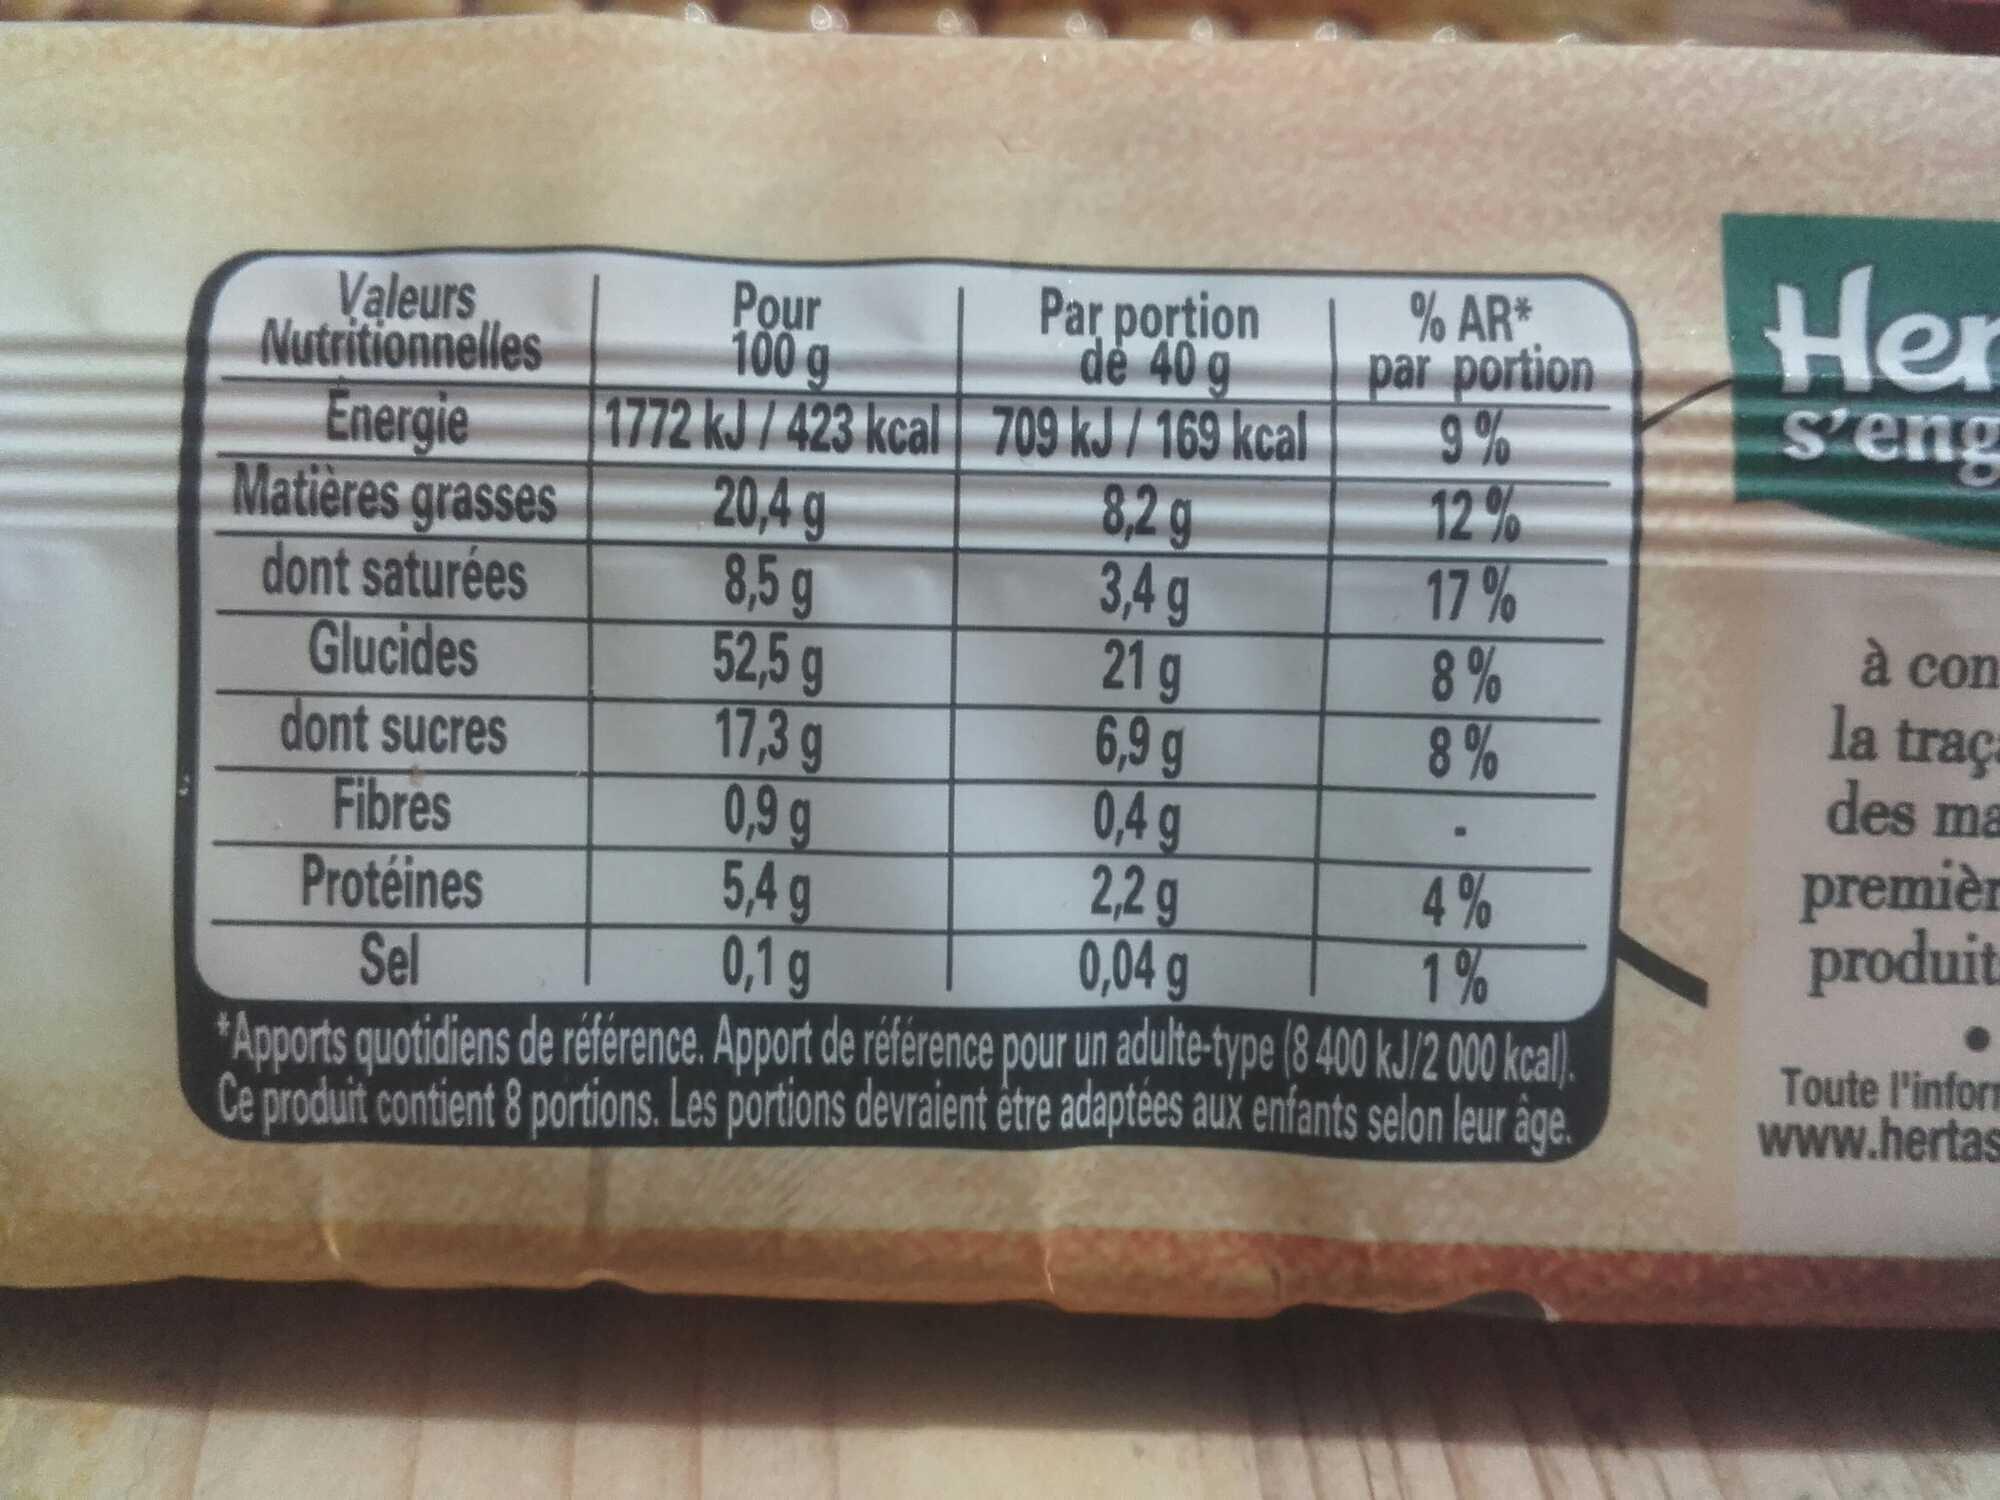
Valeurs Nutritionnelles
Energie
Matières grasses
dont saturées
Glucides
Pour 100 g
1772 kJ / 423 kcal 709 kJ/169 kcal
dont sucres
Fibres
Protéines
Sel
20,4 g
8,5 g
52,5 g
8,2 g
3,4 g
21 g
6,9 g
0,4 g
2,2 g
4%
0,04 g
1%
*Apports quotidiens de référence. Apport de référence pour un adulte-type (8 400 kJ/2 000 kcal). Ce produit contient 8 portions. Les portions devraient être adaptées aux enfants selon leur âge.
Par portion de 40 g
17,3 g
0,9 g
5,4 g
0,1 g
% AR* par portion
9%
12%
17%
8%
8%
Her
s'eng
à con
la traça
des ma
premièr produit
Toute l'inform www.hertas